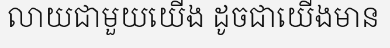
លាយជាមួយយើង ដូចជាយើងមាន